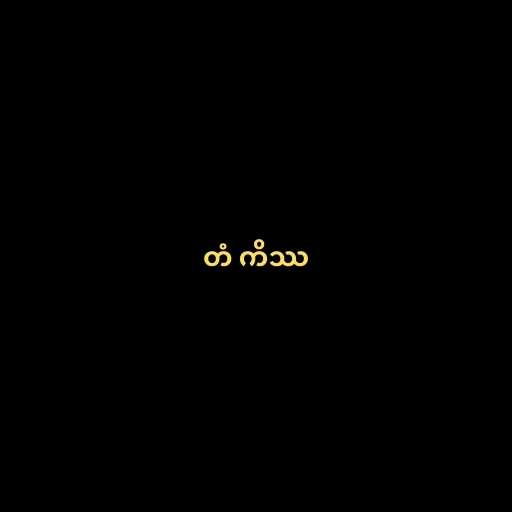
တံ ကိဿ